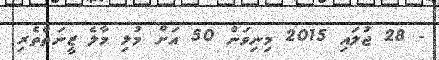
- 28 ޖުލައި 2015 މިނިވަން 50 އަށް މުޅި މާލެ ޒީނަތްތެރި